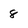
Character: 8